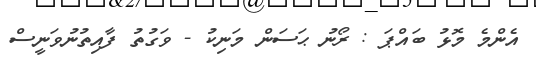
އެންމެ މޮޅު ބައްޕަ : ރޯނު ޙަސަން މަނިކު - ވަގުތު ފާއިތުނުވަނީސް